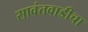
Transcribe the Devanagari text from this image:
सावंतवाडीचा